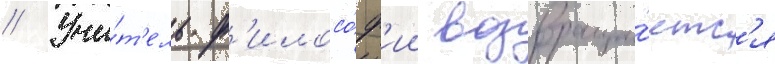
// Учи́т'ель ф'илосо́ф'ии возвраща́етс'я